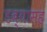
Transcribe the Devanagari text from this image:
डब्यांसह